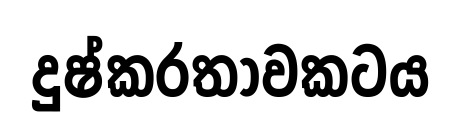
දුෂ්කරතාවකටය